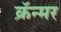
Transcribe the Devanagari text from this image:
क्रॅन्मर